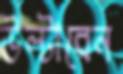
উল্টাবেন